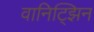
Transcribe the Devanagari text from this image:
वानिट्झिन